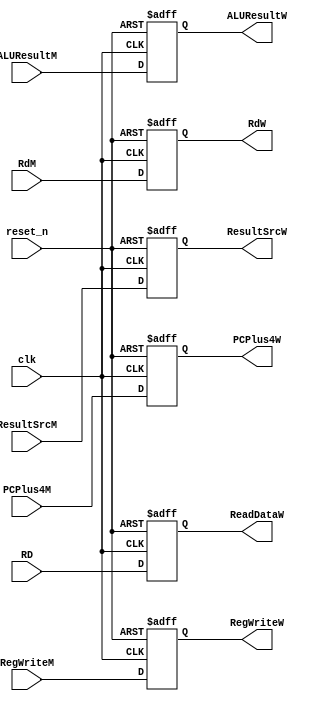
module memory_writeback_pipeline(

input wire clk,
input wire reset_n,
input wire RegWriteM,
input wire [1:0] ResultSrcM,
input wire [31:0] ALUResultM,
input wire [31:0] RD,
input wire [11:7] RdM,
input wire [31:0] PCPlus4M,
output reg RegWriteW,
output reg [1:0] ResultSrcW,
output reg [31:0] ReadDataW,
output reg [11:7] RdW,
output reg [31:0] PCPlus4W,
output reg [31:0] ALUResultW
);


always @(posedge clk or negedge reset_n)
begin
  if (!reset_n)
  begin
  RegWriteW <= 1'b0;
  ResultSrcW <= 2'b0;
  ReadDataW <= 31'b0;
  RdW <= 5'b0;
  PCPlus4W <= 32'b0;
  ALUResultW <= 32'b0;
  end
else
begin
 RegWriteW <= RegWriteM;
  ResultSrcW <= ResultSrcM;
  ReadDataW <= RD;
  RdW <= RdM;
  PCPlus4W <= PCPlus4M;
  ALUResultW <= ALUResultM;


end

end

endmodule